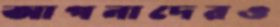
আপনাদেরও